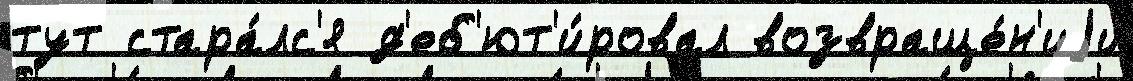
тут стара́лс'я д'еб'ют'и́ровал возвраще́н'иjи